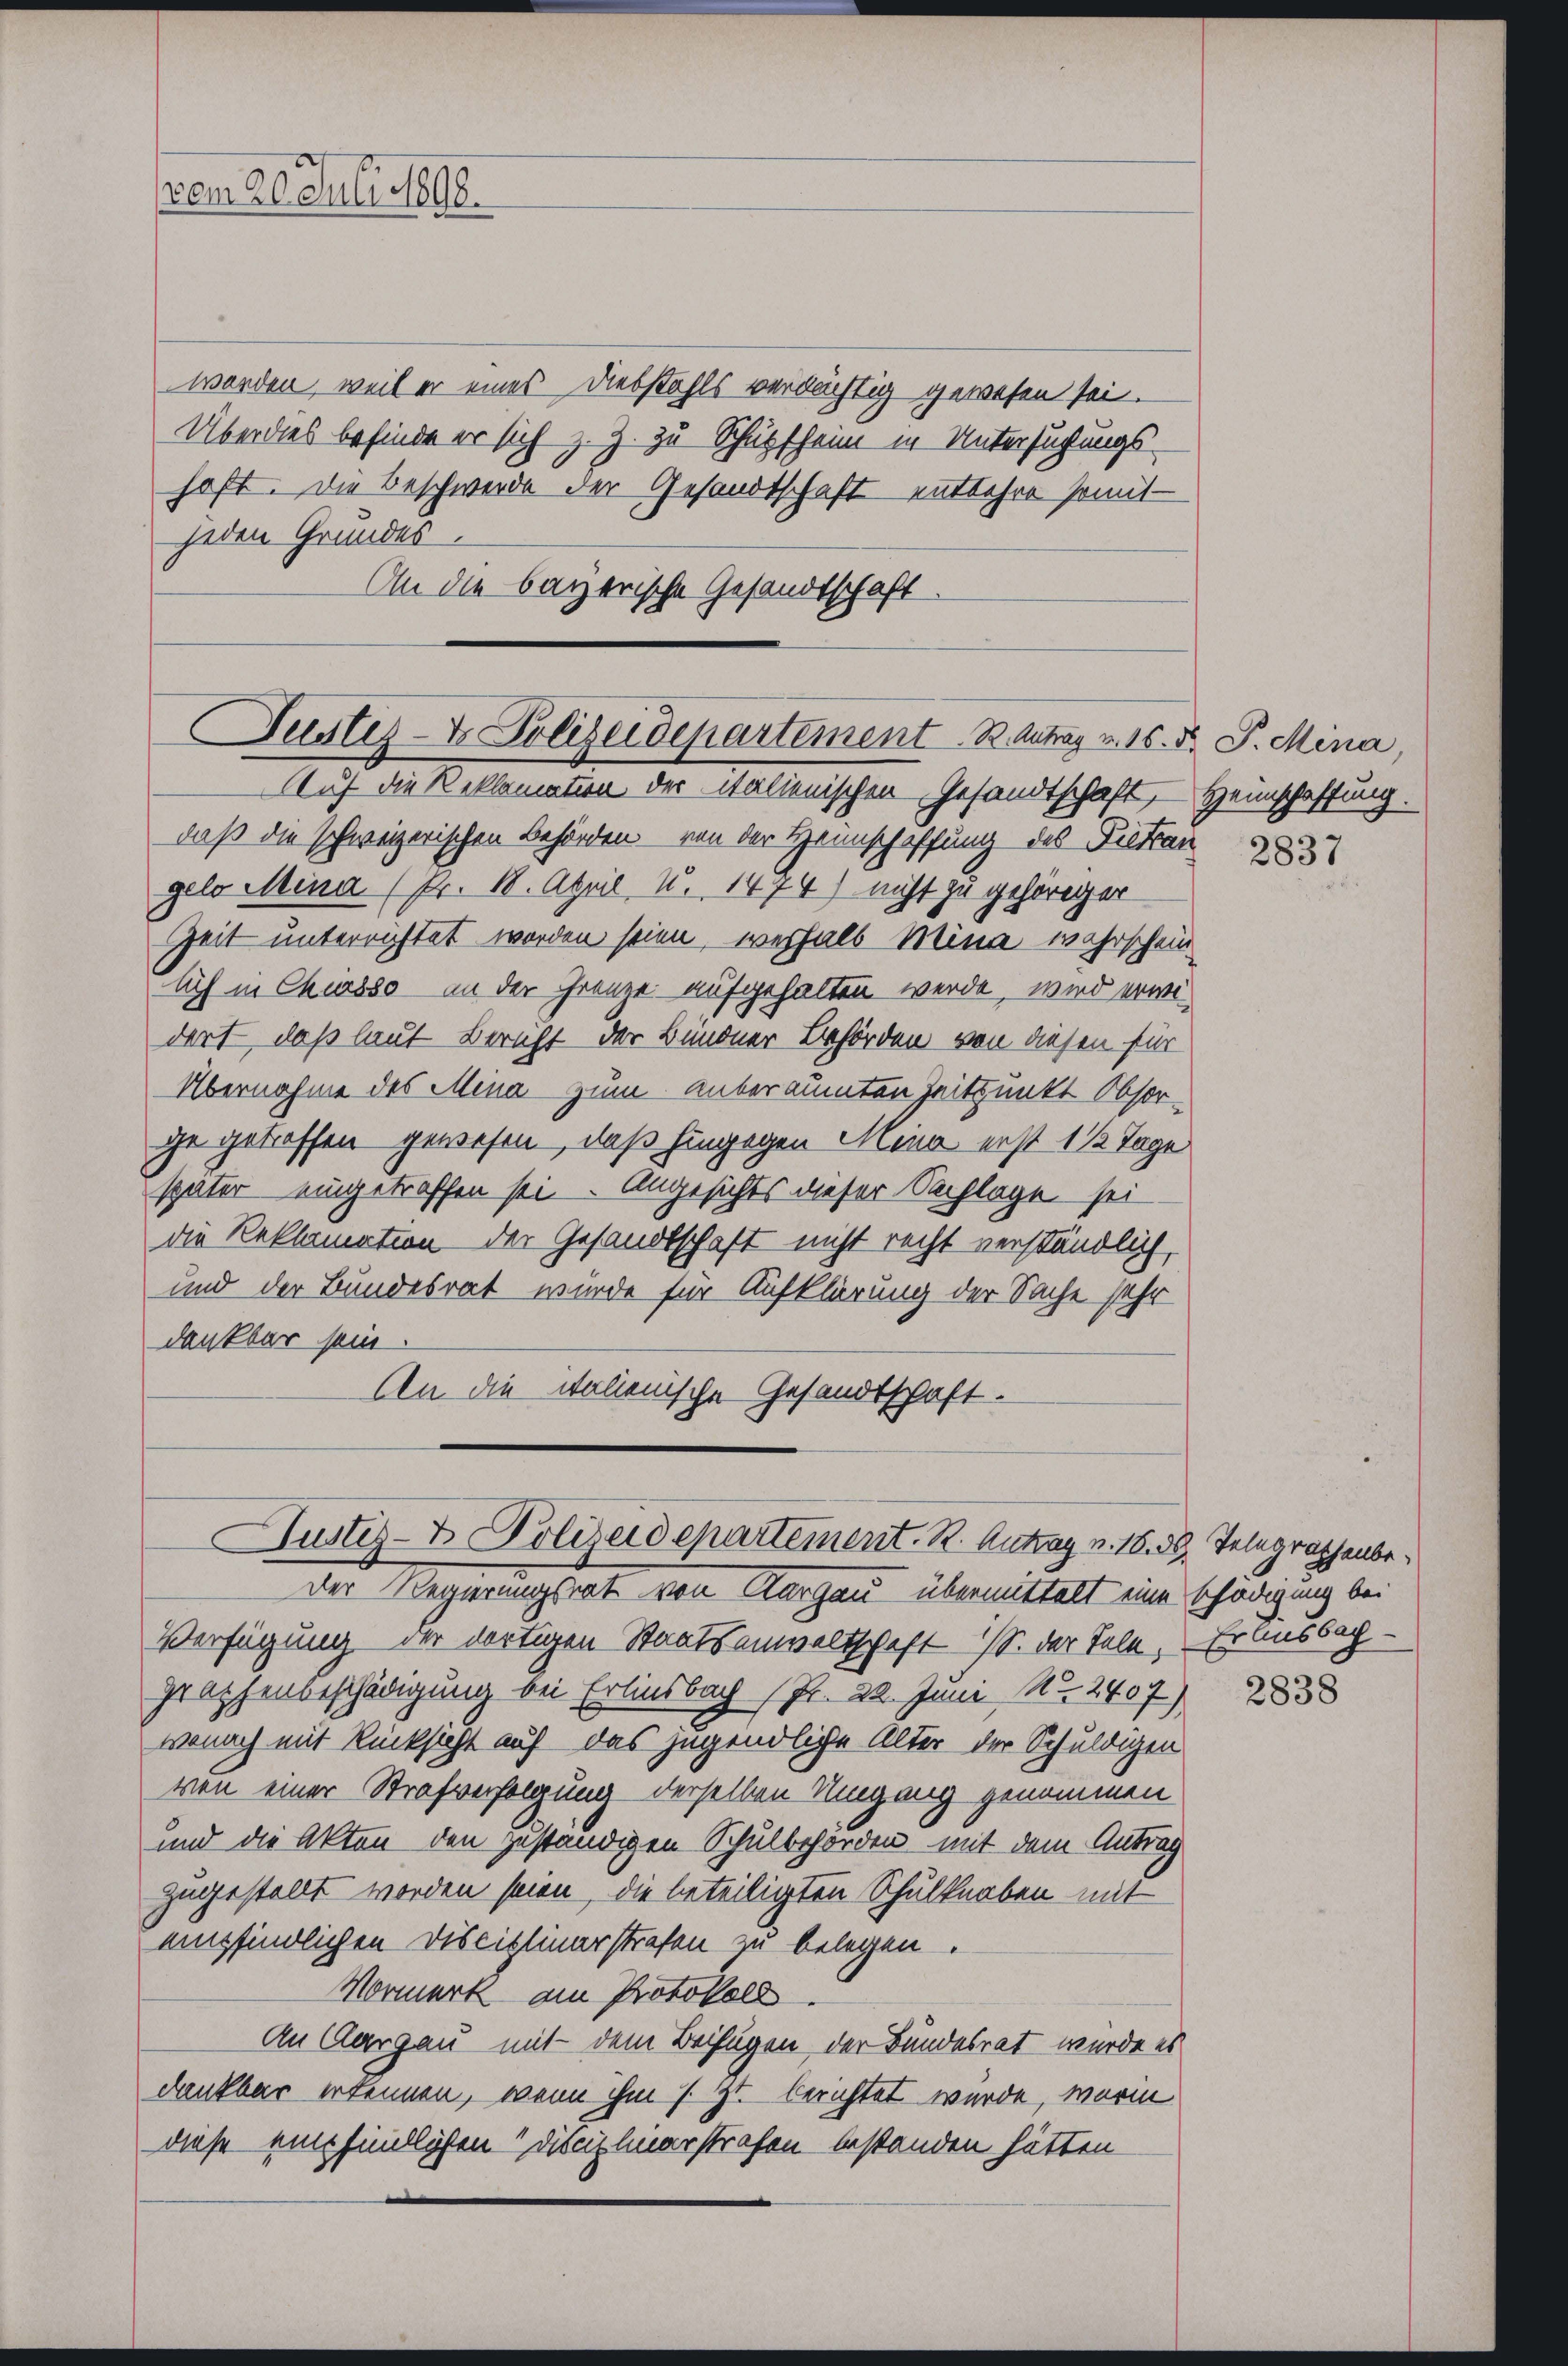
vom 26. Juli 1898.

worden, weil er eines Diebstahls verdächtig gewesen sei.
Überdies befinde er sich z. Z. zu Schüpfheim in Untersuchungshaft. Die Beschwerde der Gesandtschaft entbehre somit
jeden Grundes.
An die bayerische Gesandtschaft

Justiz- & Polizeidepartement B. Antrag v. 16. d. P. Mina,
Auf die Reklamation der italienischen Gesandtschaft, Heimschaffung.

daß die schweizerischen Behörden von der Heimschaffung des Piettan
gelo Mina (Pr. 18. April, u. 1474) nicht zu gehöriger
Zeit unterrichtet worden seien, weshalb Mina wahrschein
lich in Chiasso an der Grenze aufgehalten werde, wird erwidort, daß laut Bericht der Bündner Behörden von diesen für
Übernahme des Mina zum anberaumten Zeitpunkt Obsorge getroffen gewesen, daß hingegen Mina erst 1 1/2 Tage
später eingetroffen sei. Angesichts dieser Sachlage sei
die Reklamation der Gesandtschaft nicht recht verständlich,
und der Bundesrat wurde für Aufklärung der Sache sehr
dankbar sein
An die italienische Gesandtschaft.

Justiz- & Polizeidepartement. R. Antrag v. 18. 38. Telegraphenbe¬
Der Regierungsrat von Aargau übermittelt eine schädigung bei

2837

Verfügung der dortigen Staatsanwaltschaft S. der Sele. Er ausbach-
Graphenbeschädigung bei Erlinsbach Pr. 22. Juni Nr. 2407)
wonach mit Rücksicht auf das jugendliche Alter der Schuldigen
von einer Strafverfolgung derselben Umgang genommen
und die Akten den zuständigen Schulbehörden mit dem Antrag
zugestellt worden seien, die beteiligten Schulknaben mit
empfindlichen Disciplinarstrafen zu belegen.
Mormerk am Protokoll.
An Aargau mit dem Beifügen, der Bundesrat wurde es
dankbar erkennen, wenn ihm s. Zt. berichtet würde, worin
diese empfindlichen Disciplinerstrafen bestanden hätten.

2838